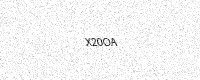
Text: X20OA